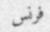
فرنس